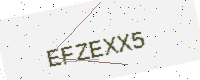
Text: EFZEXX5